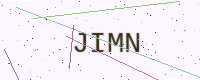
Text: JIMN